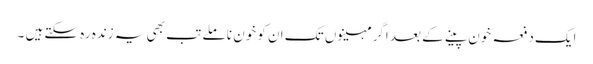
ایک دفعہ خون پینے کے بعد اگر مہینوں تک ان کو خون نا ملے تب بھی یہ زندہ رہ سکتے ہیں ۔